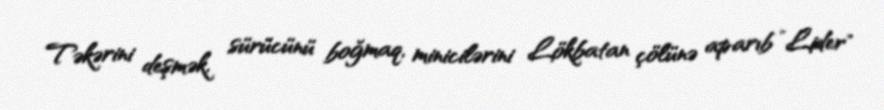
Təkərini deşmək, sürücünü boğmaq, minicilərini Lökbatan çölünə aparıb ”Lider"